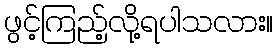
ဖွင့်ကြည့်လို့ရပါသလား။